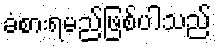
ခံစားရမည်ဖြစ်ပါသည်